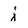
Character: j